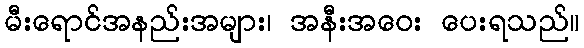
မီးရောင်အနည်းအများ၊ အနီးအဝေး ပေးရသည်။